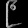
Digit: ၉